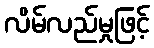
လိမ်လည်မှုဖြင့်